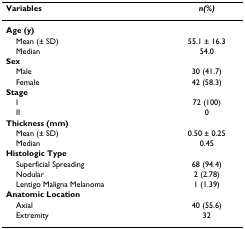
<table><thead><tr><td><b>Variables</b></td><td><b><i>n(%)</i></b></td></tr></thead><tbody><tr><td><b>Age (y)</b></td><td></td></tr><tr><td> Mean (± SD)</td><td>55.1 ± 16.3</td></tr><tr><td> Median</td><td>54.0</td></tr><tr><td><b>Sex</b></td><td></td></tr><tr><td> Male</td><td>30 (41.7)</td></tr><tr><td> Female</td><td>42 (58.3)</td></tr><tr><td><b>Stage</b></td><td></td></tr><tr><td> I</td><td>72 (100)</td></tr><tr><td> II</td><td>0</td></tr><tr><td><b>Thickness (mm)</b></td><td></td></tr><tr><td> Mean (± SD)</td><td>0.50 ± 0.25</td></tr><tr><td> Median</td><td>0.45</td></tr><tr><td><b>Histologic Type</b></td><td></td></tr><tr><td> Superficial Spreading</td><td>68 (94.4)</td></tr><tr><td> Nodular</td><td>2 (2.78)</td></tr><tr><td> Lentigo Maligna Melanoma</td><td>1 (1.39)</td></tr><tr><td><b>Anatomic Location</b></td><td></td></tr><tr><td> Axial</td><td>40 (55.6)</td></tr><tr><td> Extremity</td><td>32</td></tr></tbody></table>